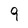
Character: 9